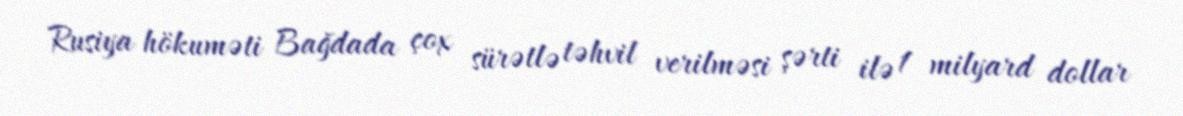
Rusiya hökuməti Bağdada çox sürətlə təhvil verilməsi şərti ilə 1 milyard dollar